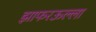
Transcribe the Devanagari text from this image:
झाफरऊल्ला